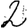
Digit: 2